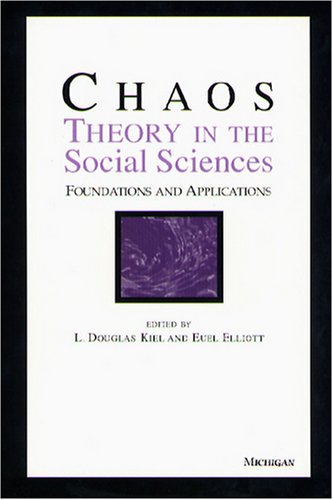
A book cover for Chaos Theory in the Social Sciences: Foundations and Applications; Science & Math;